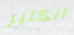
الكثير